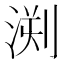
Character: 𣷬